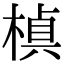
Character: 𭫕